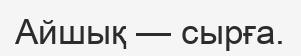
Айшық — сырға.